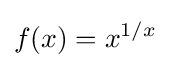
f(x)=x^{1/x}